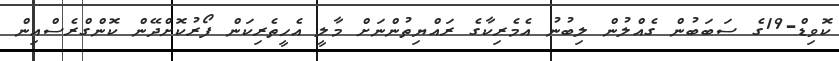
ކޮވިޑް-19ގެ ސަބަބުން ގެއްލުން ލިބުނު އެމެރިކާގެ ރައްޔިތުންނަށް މާލީ އެހީތެރިކަން ފޯރުކޮށްދޭން ކޮންގްރެސްއިން